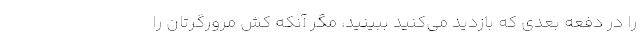
را در دفعه بعدی که بازدید می‌کنید ببینید، مگر آنکه کش مرورگرتان را